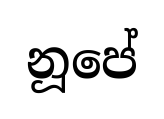
නූපේ